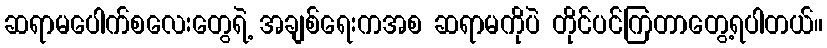
ဆရာမပေါက်စလေးတွေရဲ့ အချစ်ရေးကအစ ဆရာမကိုပဲ တိုင်ပင်ကြတာတွေ့ရပါတယ်။